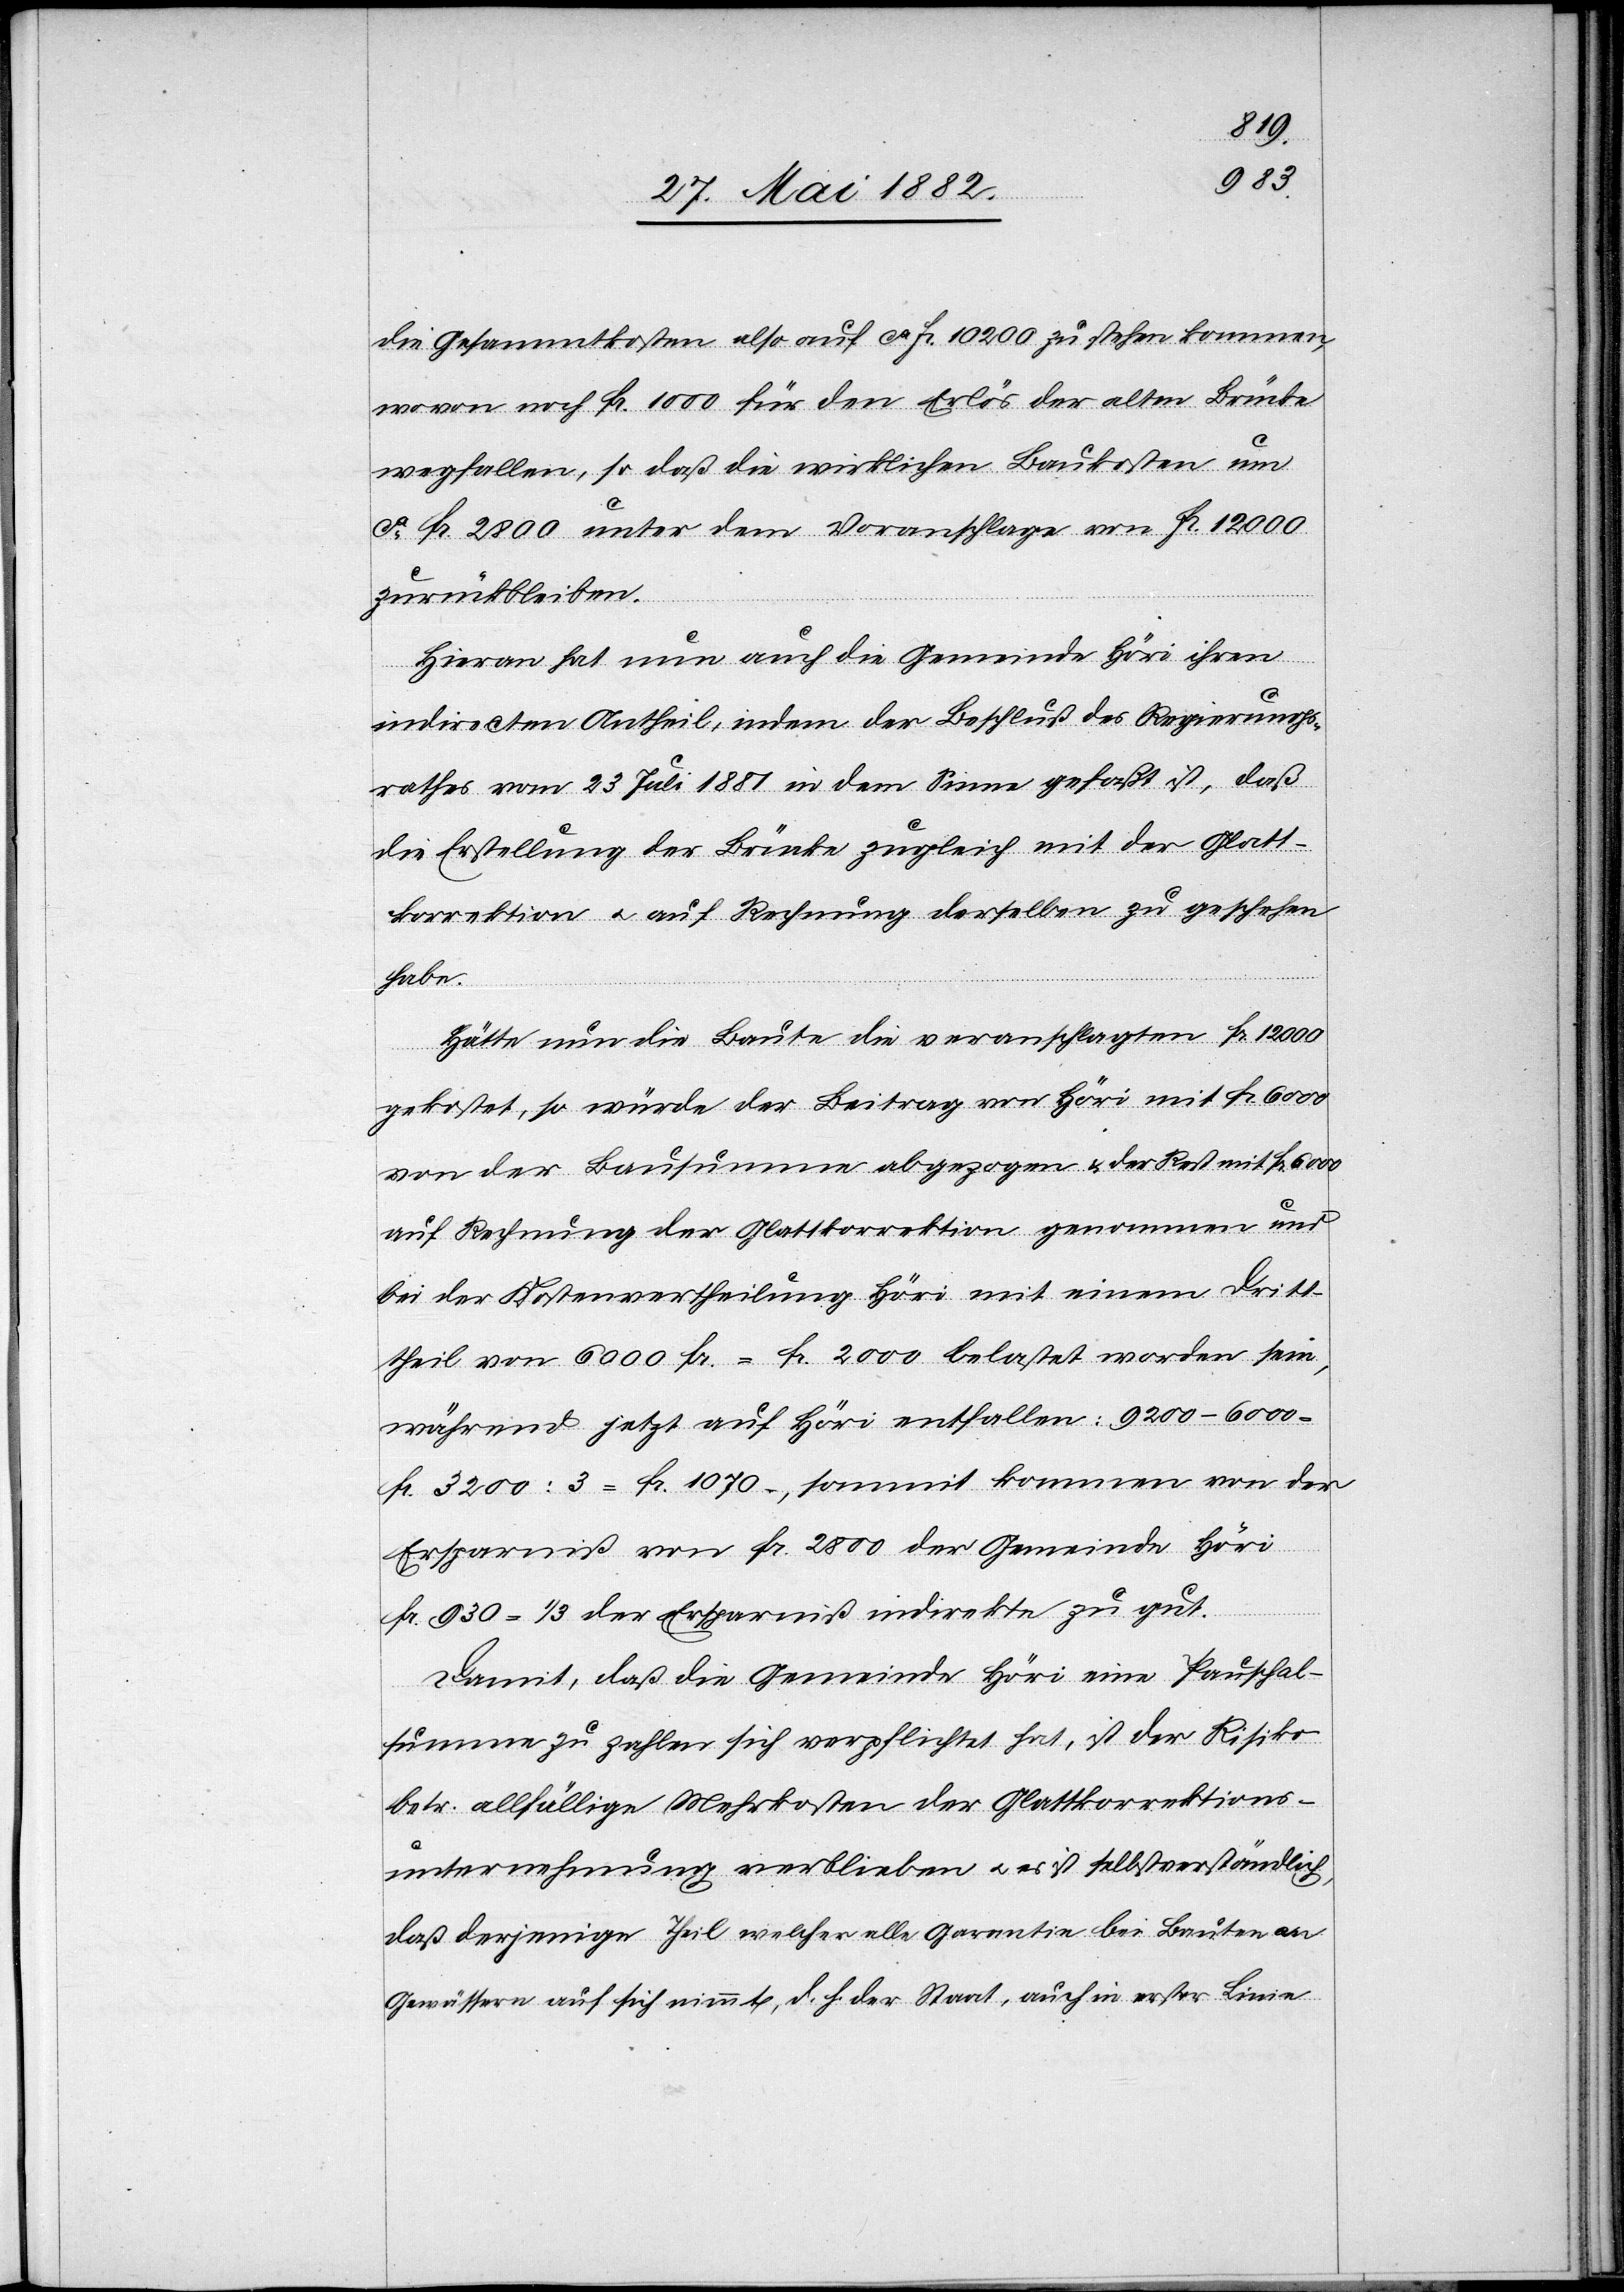
die Gesammtkosten also auf ca Fr. 10 200 zu stehen kommen,
wovon noch Fr. 1000 für den Erlös der alten Brücke
wegfallen, so daß die wirklichen Baukosten um
ca Fr. 2800 unter dem Voranschlage von Fr. 12 000
zurückbleiben.
Hieran hat nun auch die Gemeinde Höri ihren
indirecten Antheil, indem der Beschluß des Regierungs¬
rathes vom 23. Juli 1881 in dem Sinne gefaßt ist, daß
die Erstellung der Brücke zugleich mit der Glatt¬
korrektion u. auf Rechnung derselben zu geschehen
habe.
Hätte nun die Baute die veranschlagten Fr. 12 000
gekostet, so würde der Beitrag von Höri mit Fr. 6000
von der Bausumme abgezogen & der Rest mit Fr. 6000
auf Rechnung der Glattkorrektion genommen und
bei der Kostenvertheilung Höri mit einem Drit¬
theil von 6000 Fr. = 2000 Fr. belastet worden sein,
während jetzt auf Höri entfallen: 9200 – 6000
Fr. 3200 : 3 = Fr. 1070.–, somit kommen von der
Ersparniß von Fr. 2800 der Gemeinde Höri
Fr. 930 = 1/3 der Ersparniß indirekte zu gut.
Damit, daß die Gemeinde Höri eine Pauschal¬
summe zu zahlen sich verpflichtet hat, ist der Risiko
betr. allfällige Mehrkosten der Glattkorrektions¬
unternehmung verblieben u. es ist selbstverständlich,
daß derjenige Theil welcher alle Garantie bei Bauten an
Gewässern auf sich nimmt, d. h. der Staat, auch in erster Linie